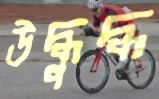
উদ্ধুদ্ধ